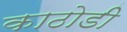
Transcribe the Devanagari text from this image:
काठोडी